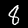
Digit: 8